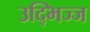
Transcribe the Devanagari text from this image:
उद्भिज्ज